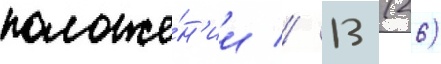
положе́н'ии // 13 (26)